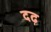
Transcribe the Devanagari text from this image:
दढ़